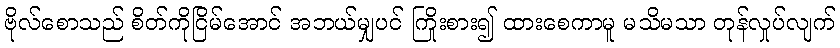
ဗိုလ်စောသည် စိတ်ကိုငြိမ်အောင် အဘယ်မျှပင် ကြိုးစား၍ ထားစေကာမူ မသိမသာ တုန်လှုပ်လျက်